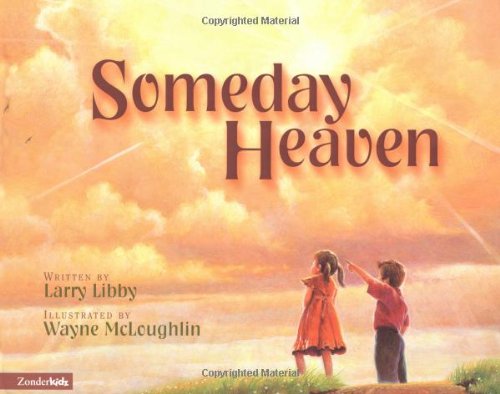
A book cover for Someday Heaven; Larry Libby; Christian Books & Bibles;